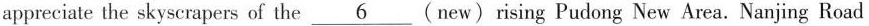
appreciate the skyscrapers of the \underline{6} ( new) rising Pudong New Area. Nanjing Road